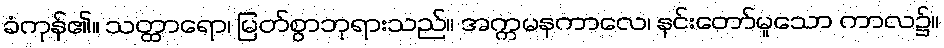
ခံကုန်၏။ သတ္ထာရော၊ မြတ်စွာဘုရားသည်။ အက္ကမနကာလေ၊ နင်းတော်မူသော ကာလ၌။